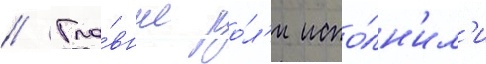
// Гла́вные ро́л'и испо́лн'ил'и